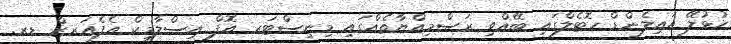
ހުޅުލޭ އައިލެންޑް ހޮޓެލްގައި ބޭއްވި ރަސްމިއްޔާތެއްގައި މިނިސްޓަރ އޮފް އިސްލާމިކް އެފެއަރޒް ޑރ.